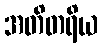
အတိတရိယ